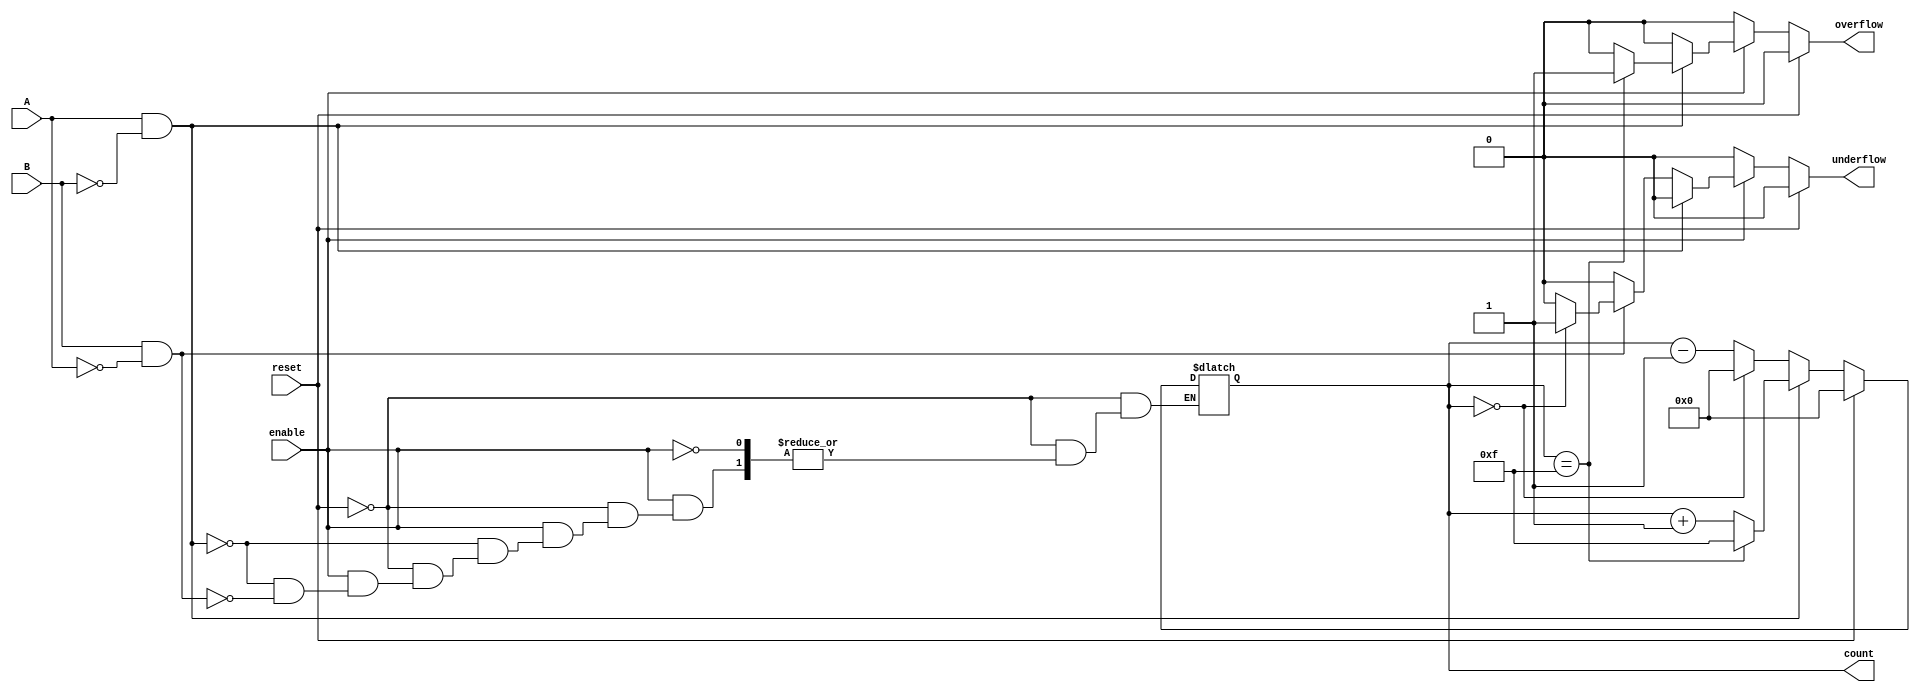
module dynamic_asynchronous_counter (
    input wire A,          // Count Up signal
    input wire B,          // Count Down signal
    input wire reset,      // Asynchronous reset signal
    input wire enable,     // Enable signal
    output reg [3:0] count, // 4-bit count value
    output reg overflow,    // Overflow flag
    output reg underflow    // Underflow flag
);

    // Define maximum and minimum count values
    parameter MAX_COUNT = 4'b1111; // 15
    parameter MIN_COUNT = 4'b0000; // 0

    // Asynchronous reset and counting logic
    always @(*) begin
        // Initialize flags
        overflow = 1'b0;
        underflow = 1'b0;

        // Check for reset
        if (reset) begin
            count = MIN_COUNT; // Reset count to zero
        end else if (enable) begin
            // Count Up
            if (A && !B) begin
                if (count == MAX_COUNT) begin
                    overflow = 1'b1; // Set overflow flag
                    count = MAX_COUNT; // Stay at max count
                end else begin
                    count = count + 1; // Increment count
                end
            end
            // Count Down
            else if (B && !A) begin
                if (count == MIN_COUNT) begin
                    underflow = 1'b1; // Set underflow flag
                    count = MIN_COUNT; // Stay at min count
                end else begin
                    count = count - 1; // Decrement count
                end
            end
            // If neither A nor B is active, maintain current count
        end
    end

endmodule